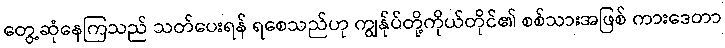
တွေ့ဆုံနေကြသည် သတ်ပေးရန် ရစေသည်ဟု ကျွန်ုပ်တို့ကိုယ်တိုင်၏ စစ်သားအဖြစ် ကားဒေတာ